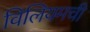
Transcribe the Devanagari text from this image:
विलियमची